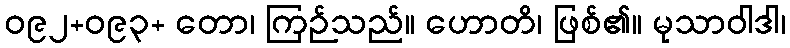
ဝ၉၂+ဝ၉၃+ တော၊ ကြဉ်သည်။ ဟောတိ၊ ဖြစ်၏။ မုသာဝါဒါ၊